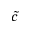
\tilde { c }